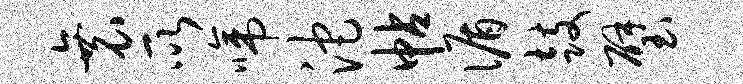
衰所啼沱帖循鼓璧